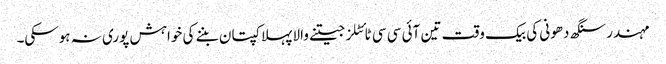
مہندر سنگھ دھونی کی بیک وقت تین آئی سی سی ٹائٹلز جیتنے والا پہلا کپتان بننے کی خواہش پوری نہ ہوسکی۔